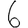
Digit: 6